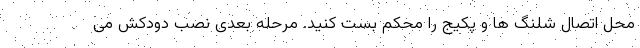
محل اتصال شلنگ ها و پکیج را محکم بست کنید. مرحله بعدی نصب دودکش می